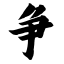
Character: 争